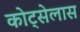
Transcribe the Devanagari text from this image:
कोट्सेलास